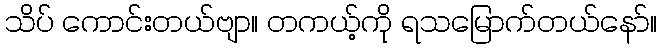
သိပ် ကောင်းတယ်ဗျာ။ တကယ့်ကို ရသမြောက်တယ်နော်။